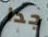
جدا